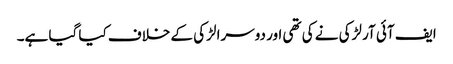
ایف آئی آر لڑکی نے کی تھی اور دوسرا لڑکی کے خلاف کیا گیا ہے۔